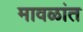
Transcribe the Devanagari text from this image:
मावळांत